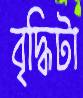
বৃদ্ধিটা